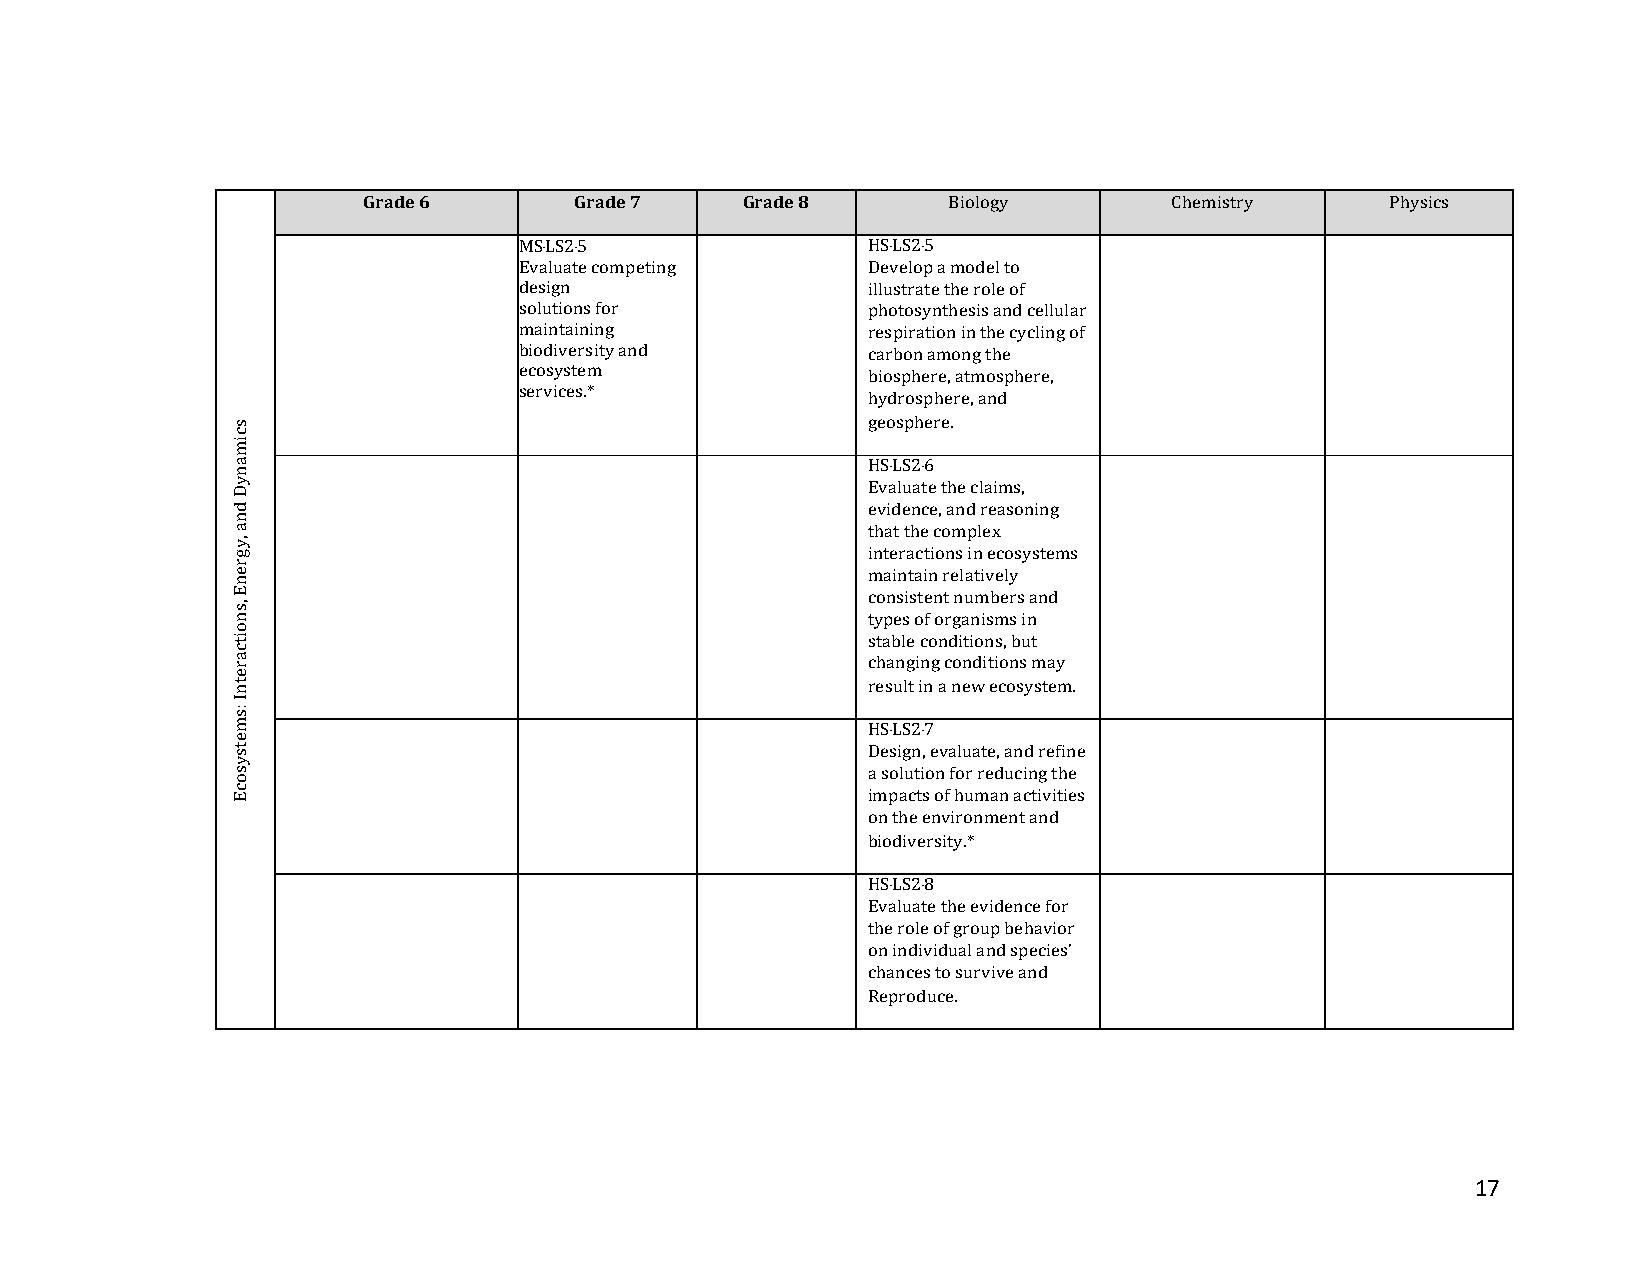
Grade 6       Grade 7    Grade 8       Biology        Chemistry     Physics
 MS‐LS2‐5               HS‐LS2‐5
 Evaluate competing     Develop a model to
 design                 illustrate the role of
 solutions for          photosynthesis and cellular
 maintaining            respiration in the cycling of
 biodiversity and       carbon among the
 ecosystem              biosphere, atmosphere,
 services.*
 hydrosphere, and
 geosphere.
 HS‐LS2‐6
 Evaluate the claims,
 evidence, and reasoning
 that the complex
 interactions in ecosystems
 maintain relatively
 consistent numbers and
 types of organisms in
 stable conditions, but
 changing conditions may
 result in a new ecosystem.
 HS‐LS2‐7
 Design, evaluate, and refine
 a solution for reducing the
 impacts of human activities
 on the environment and
 biodiversity.*
 HS‐LS2‐8
 Evaluate the evidence for
 the role of group behavior
 on individual and species’
 chances to survive and
 Reproduce.
 17
 scimanyD
 dna
 ,ygrenE
 ,snoitcaretnI
 :smetsysocE